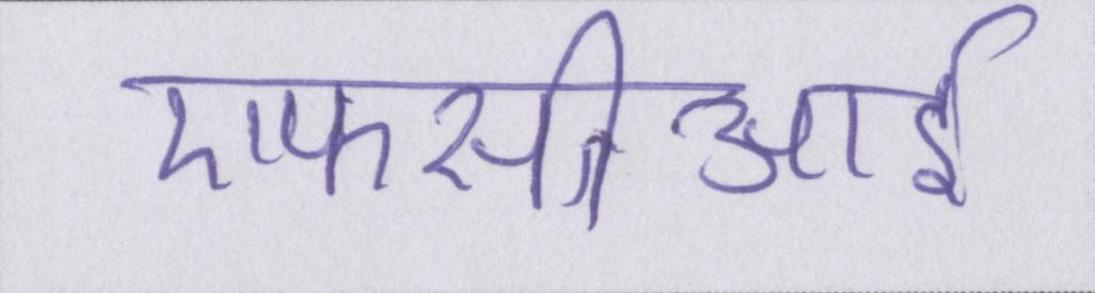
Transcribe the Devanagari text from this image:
एफसीआई